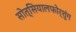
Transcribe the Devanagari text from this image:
सोत्सियालफोर्शुंग